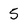
Character: 5